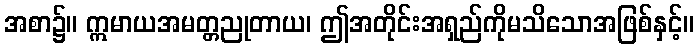
အစာ၌။ ဣမာယအမတ္တညုတာယ၊ ဤအတိုင်းအရှည်ကိုမသိသောအဖြစ်နှင့်။